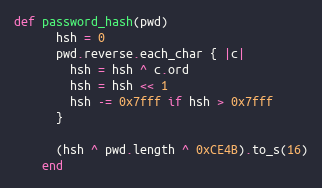
Language: Ruby
def password_hash(pwd)
      hsh = 0
      pwd.reverse.each_char { |c|
        hsh = hsh ^ c.ord
        hsh = hsh << 1
        hsh -= 0x7fff if hsh > 0x7fff
      }

      (hsh ^ pwd.length ^ 0xCE4B).to_s(16)
    end